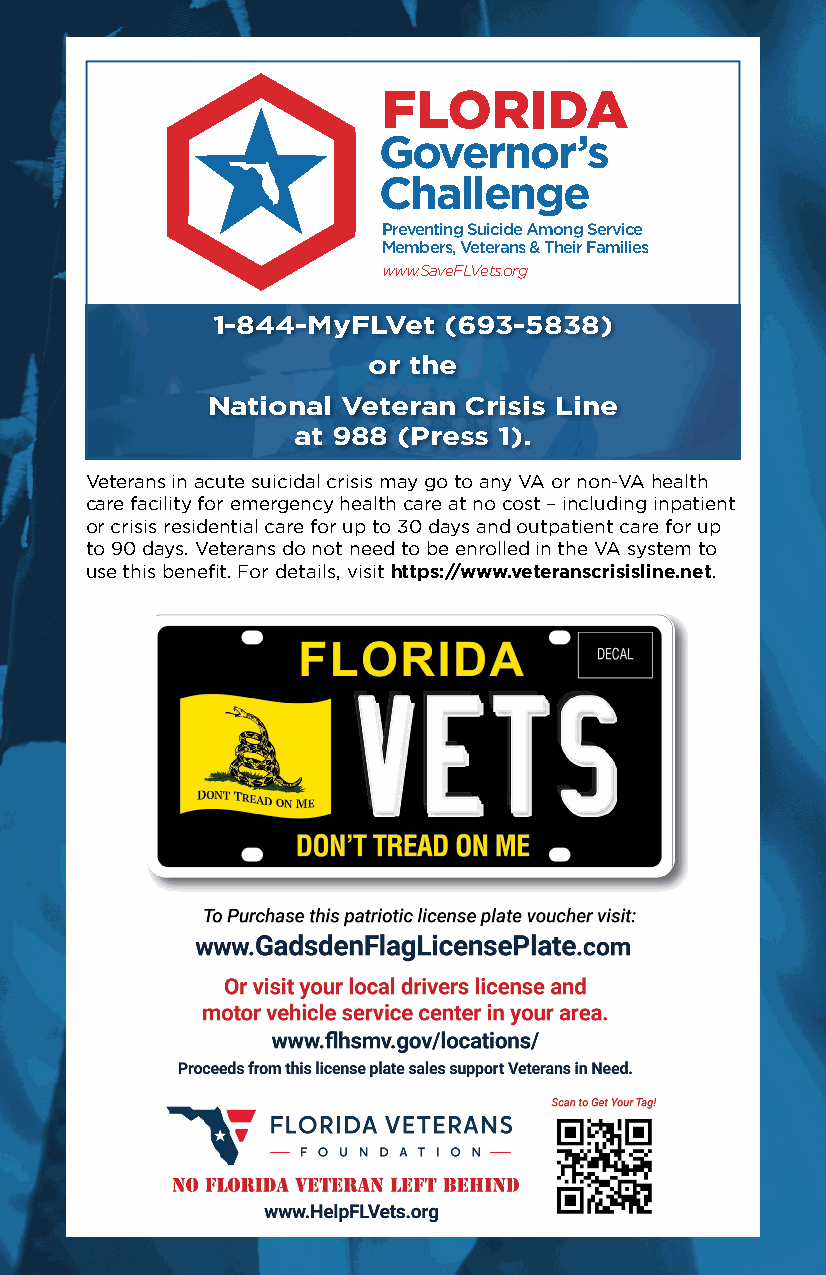
FLORIDA
 Governor’s
 Challenge
 Preventing Suicide Among Service
 Members, Veterans & Their Families
 www.SaveFLVets.org
 1-844-MyFLVet  (693-5838)
 or the
 National Veteran Crisis Line
 at 988 (Press 1).
 Veterans in acute suicidal crisis may go to any VA or non-VA health
 care facility for emergency health care at no cost – including inpatient
 or crisis residential care for up to 30 days and outpatient care for up
 to 90 days. Veterans do not need to be enrolled in the VA system to
 use this benefit. For details, visit https://www.veteranscrisisline.net.